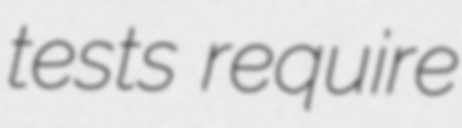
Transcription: tests require